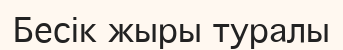
Бесік жыры туралы